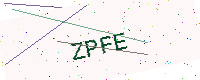
Text: ZPFE